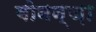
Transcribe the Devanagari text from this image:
बोनन्ज़ा